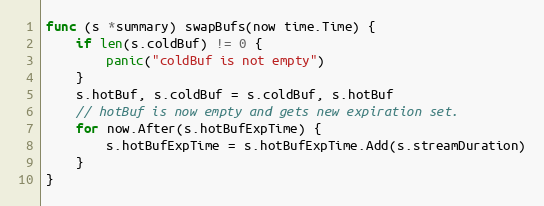
Language: Go
func (s *summary) swapBufs(now time.Time) {
	if len(s.coldBuf) != 0 {
		panic("coldBuf is not empty")
	}
	s.hotBuf, s.coldBuf = s.coldBuf, s.hotBuf
	// hotBuf is now empty and gets new expiration set.
	for now.After(s.hotBufExpTime) {
		s.hotBufExpTime = s.hotBufExpTime.Add(s.streamDuration)
	}
}